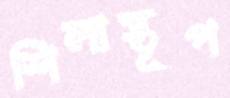
শিলাস্তূপ